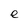
Character: e